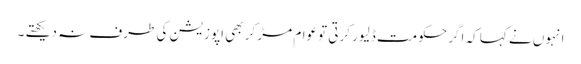
انہوں نے کہا کہ اگر حکومت ڈلیور کرتی توعوام مڑ کر بھی اپوزیشن کی طرف نہ دیکھتے ۔